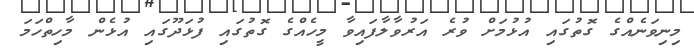
މިނިވަނެއްގެ ގޮތުގައި އުޅުމަށް ވުރެ އަރުވާލާފައިވާ މީހެއްގެ ގޮތުގައި ފުޅަދޫގައި އުޅެން މާހިތްހަމަ